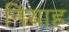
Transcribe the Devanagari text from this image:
नियाह